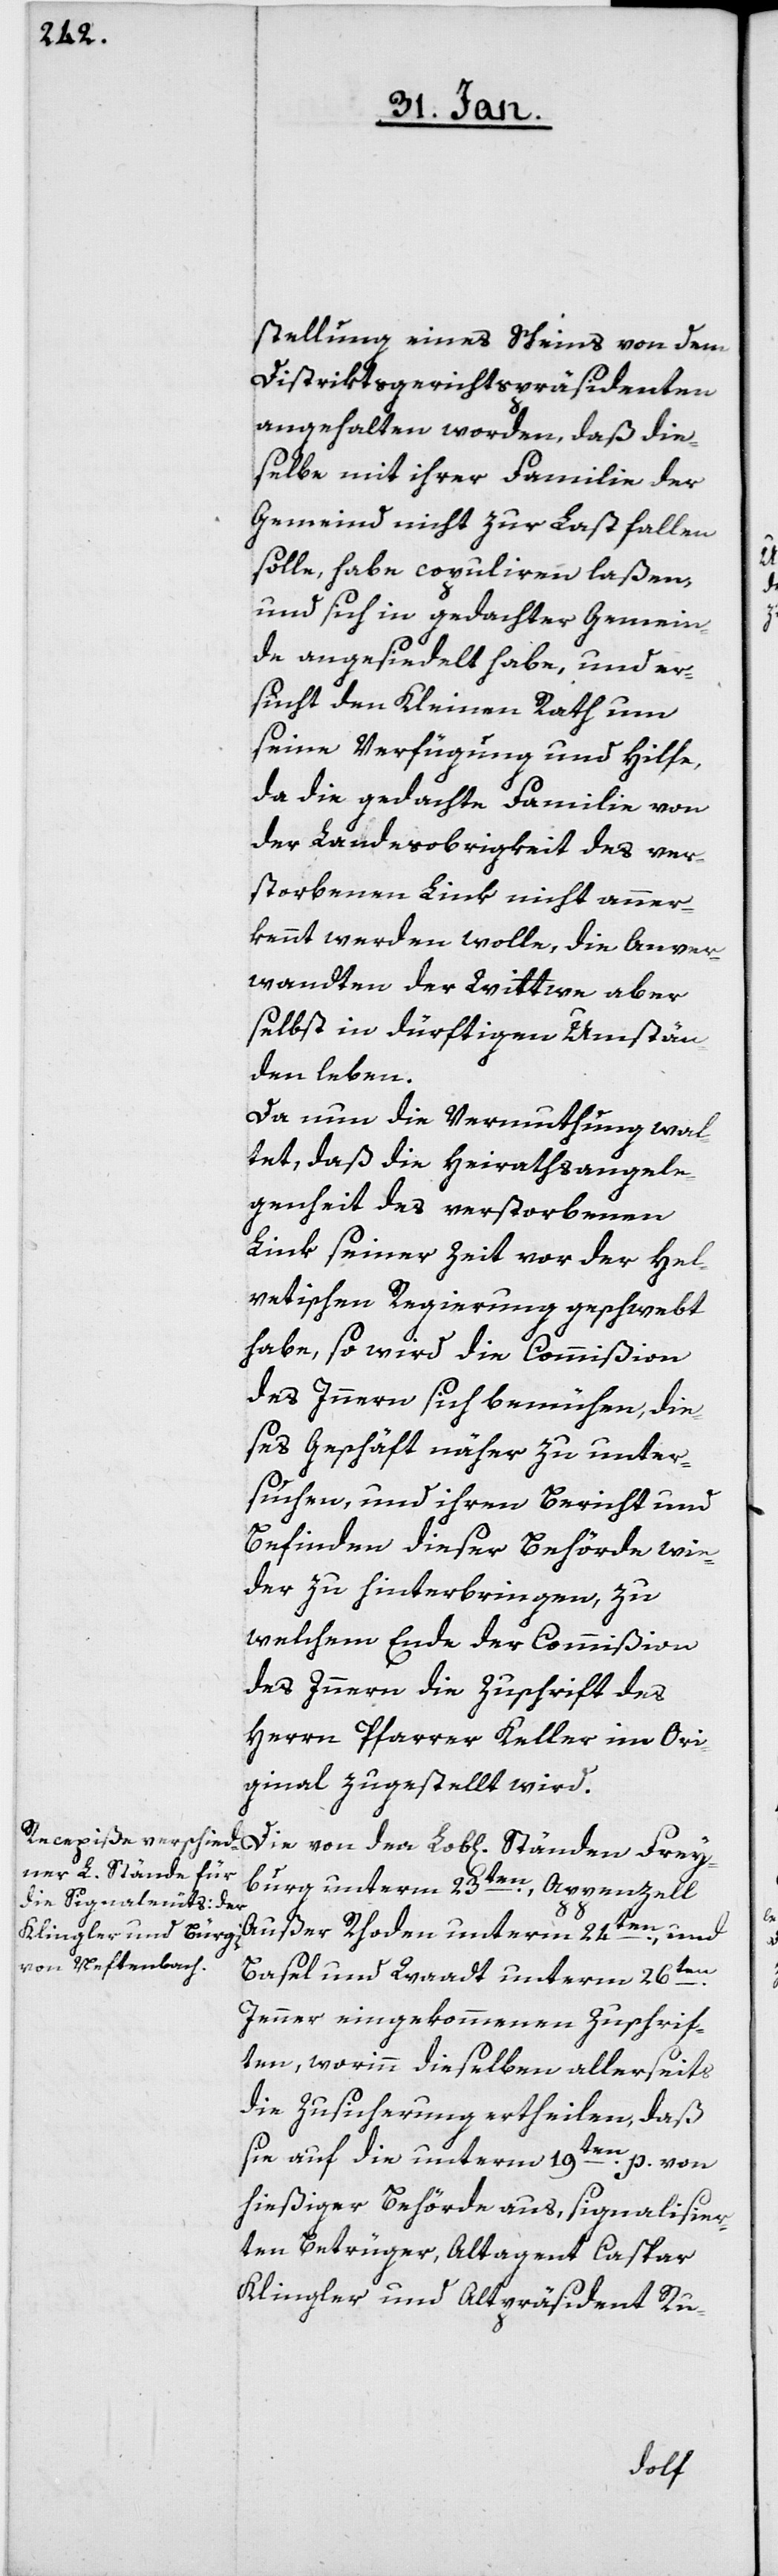
stellung eines Scheins von dem
Distriktsgerichtspräsidenten
angehalten worden, daß die¬
selbe mit ihrer Familie der
Gemeind nicht zu Last fallen
solle, habe copuliren laßen,
und sich in gedachter Gemein¬
de angesiedelt habe, und er¬
sucht den Kleinen Rath um
seine Verfügung und Hilfe,
da die gedachte Familie von
der Landesobrigkeit des ver¬
storbenen Link nicht aner¬
kannt werden wolle, die Anver¬
wandten der Wittwe aber
selbst in dürftigen Umstän¬
den leben.
Da nun die Vermuthung wal¬
tet, daß die Heirathsangele¬
genheit des verstorbenen
Link seiner Zeit vor der Hel¬
vetischen Regierung geschwebt
habe, so wird die Commißion
des Innern sich bemühen, die¬
ses Geschäft näher zu unter¬
suchen und ihren Bericht und
Befinden dieser Behörde wie¬
der zu hinterbringen, zu
welchem Ende der Commißion
des Innern die Zuschrift des
Herrn Pfarrer Keller im Ori¬
ginal zugestellt wird.
Die von den Lob[lichen] Ständen Frey¬
burg unterm 23sten., Appenzell
Außer Rhoden unterm 24ten., und
Basel und Waadt unterm 26ten.
Jenner eingekommenen Zuschrif¬
ten, worinn dieselben allerseits
die Zusicherung ertheilen, daß
sie auf die unterm 19ten. p. von
hießiger Behörde aus, signalisier¬
ten Betrüger, Altagent Caspar
Klingler und Altpräsident Ru-